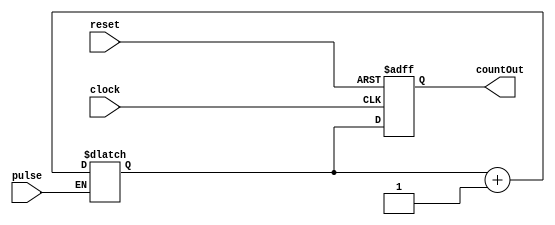
module counter16 (
    input clock, reset,
    input pulse,
    output [15:0] countOut
    );
reg [15:0] counter;
reg [15:0] nextcount;

always @ (posedge clock or posedge reset)
begin
if (reset) counter <= 16'd0;
else counter <= nextcount;
end

always @ (*)
begin
if(pulse) nextcount = nextcount + 16'd1;
else nextcount = nextcount;
end
assign countOut = counter;
endmodule